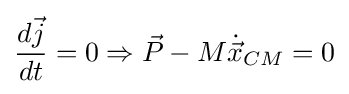
{\frac {d{\vec {j}}}{dt}}=0\Rightarrow {\vec {P}}-M{\dot {\vec {x}}}_{CM}=0